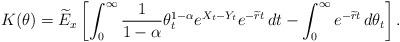
LaTeX: \begin{align*}K(\theta) = \widetilde{E}_x\left[\int_{0}^{\infty}\frac{1}{1-\alpha}\theta^{1-\alpha}_{t} e^{X_t-Y_t}e^{-\widetilde{r}t}\,dt -\int_{0}^{\infty}e^{-\widetilde{r}t}\,d\theta_{t}\right] .\end{align*}